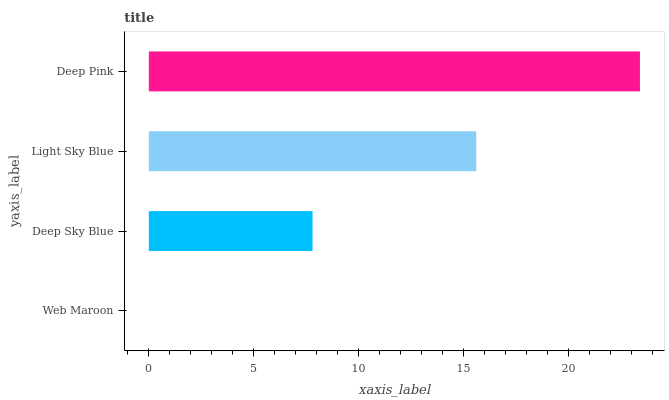
| yaxis_label | bars |
 | --- | --- |
 | Web Maroon | 0 |
 | Deep Sky Blue | 7.8 |
 | Light Sky Blue | 15.6 |
 | Deep Pink | 23.4 |